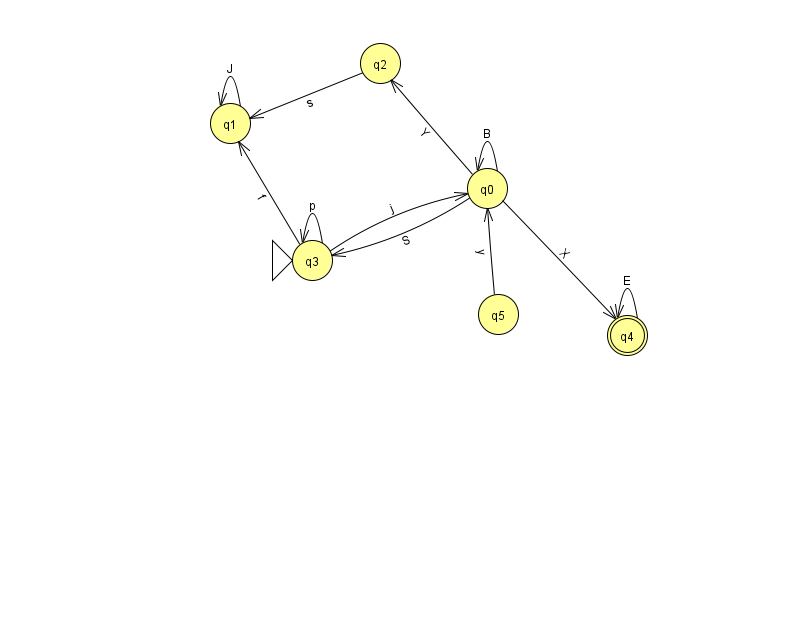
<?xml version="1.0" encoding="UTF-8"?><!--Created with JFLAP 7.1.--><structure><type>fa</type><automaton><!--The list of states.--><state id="0" name="q0"><x>487.0</x><y>175.0</y></state><state id="1" name="q1"><x>230.0</x><y>110.0</y></state><state id="2" name="q2"><x>380.0</x><y>50.0</y></state><state id="3" name="q3"><x>312.0</x><y>247.0</y><initial/></state><state id="4" name="q4"><x>627.0</x><y>322.0</y><final/></state><state id="5" name="q5"><x>498.0</x><y>301.0</y></state><!--The list of transitions.--><transition><from>3</from><to>3</to><read>p</read></transition><transition><from>0</from><to>0</to><read>B</read></transition><transition><from>2</from><to>1</to><read>s</read></transition><transition><from>0</from><to>3</to><read>S</read></transition><transition><from>4</from><to>4</to><read>E</read></transition><transition><from>0</from><to>2</to><read>Y</read></transition><transition><from>3</from><to>1</to><read>f</read></transition><transition><from>1</from><to>1</to><read>J</read></transition><transition><from>3</from><to>0</to><read>j</read></transition><transition><from>5</from><to>0</to><read>y</read></transition><transition><from>0</from><to>4</to><read>X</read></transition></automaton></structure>